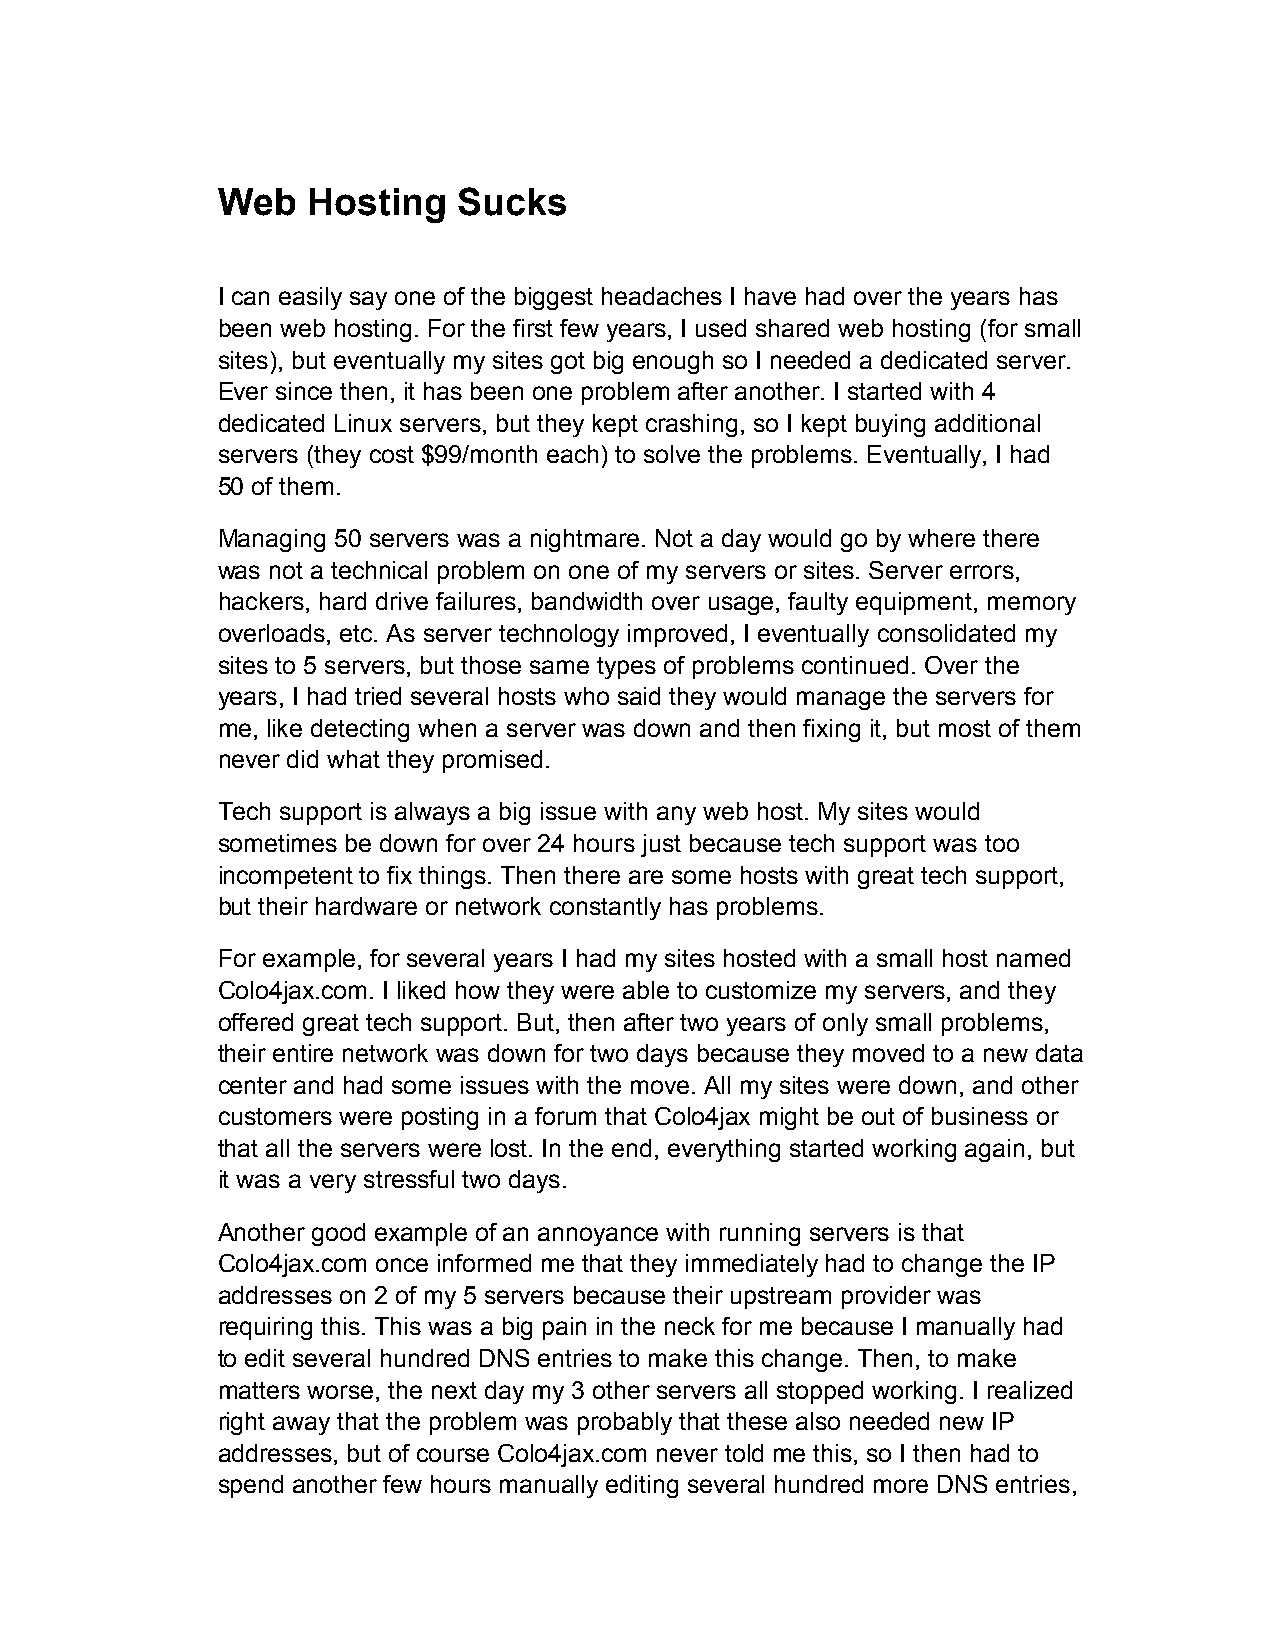
Web   Hosting   Sucks
 I can easily say one of the biggest headaches I have had over the years has
 been web hosting. For the first few years, I used shared web hosting (for small
 sites), but eventually my sites got big enough so I needed a dedicated server.
 Ever since then, it has been one problem after another. I started with 4
 dedicated Linux servers, but they kept crashing, so I kept buying additional
 servers (they cost $99/month each) to solve the problems. Eventually, I had
 50 of them.
 Managing 50 servers was a nightmare. Not a day would go by where there
 was not a technical problem on one of my servers or sites. Server errors,
 hackers, hard drive failures, bandwidth over usage, faulty equipment, memory
 overloads, etc. As server technology improved, I eventually consolidated my
 sites to 5 servers, but those same types of problems continued. Over the
 years, I had tried several hosts who said they would manage the servers for
 me, like detecting when a server was down and then fixing it, but most of them
 never did what they promised.
 Tech support is always a big issue with any web host. My sites would
 sometimes be down for over 24 hours just because tech support was too
 incompetent to fix things. Then there are some hosts with great tech support,
 but their hardware or network constantly has problems.
 For example, for several years I had my sites hosted with a small host named
 Colo4jax.com. I liked how they were able to customize my servers, and they
 offered great tech support. But, then after two years of only small problems,
 their entire network was down for two days because they moved to a new data
 center and had some issues with the move. All my sites were down, and other
 customers were posting in a forum that Colo4jax might be out of business or
 that all the servers were lost. In the end, everything started working again, but
 it was a very stressful two days.
 Another good example of an annoyance with running servers is that
 Colo4jax.com once informed me that they immediately had to change the IP
 addresses on 2 of my 5 servers because their upstream provider was
 requiring this. This was a big pain in the neck for me because I manually had
 to edit several hundred DNS entries to make this change. Then, to make
 matters worse, the next day my 3 other servers all stopped working. I realized
 right away that the problem was probably that these also needed new IP
 addresses, but of course Colo4jax.com never told me this, so I then had to
 spend another few hours manually editing several hundred more DNS entries,